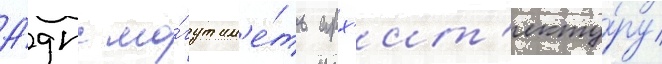
А́дпс мо́гут им'е́ть арх'ит'екту́ру